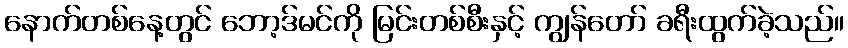
နောက်တစ်နေ့တွင် ဘော့ဒ်မင်ကို မြင်းတစ်စီးနှင့် ကျွန်တော် ခရီးထွက်ခဲ့သည်။